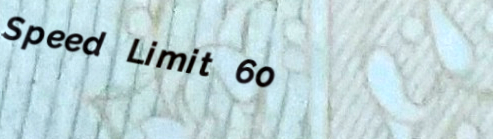
Speed Limit 60